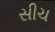
સીચ